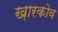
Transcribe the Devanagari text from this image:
ख़ारकोव